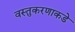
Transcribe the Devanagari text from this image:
वस्तुकरणाकडे